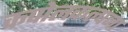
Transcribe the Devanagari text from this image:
कपोलकल्पना